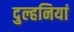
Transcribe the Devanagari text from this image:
दुल्हनियां